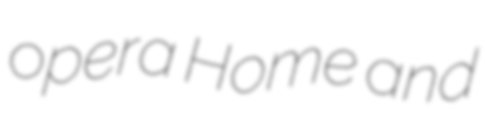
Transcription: opera Home and